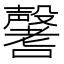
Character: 𡄒